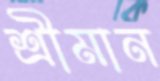
শ্রীমান